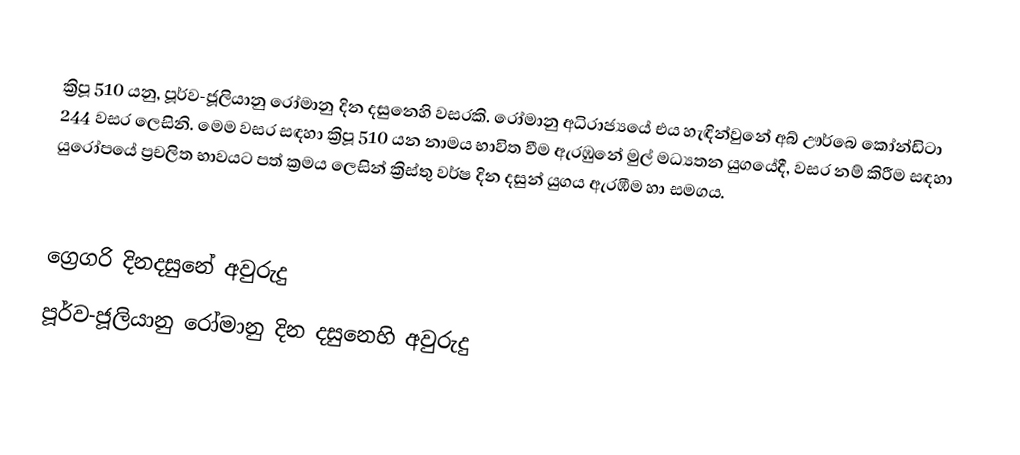

ක්‍රිපූ 510 යනු, පූර්ව-ජූලියානු රෝමානු දින දසුනෙහි වසරකි. රෝමානු අධිරාජ්‍යයේ එය හැඳින්වුනේ  අබ් ඌර්බෙ කෝන්ඩිටා 244 වසර ලෙසිනි. මෙම වසර සඳහා ක්‍රිපූ 510 යන නාමය භාවිත වීම ඇරඹුනේ මුල්  මධ්‍යතන යුගයේදී, වසර නම් කිරීම සඳහා යුරෝපයේ ප්‍රචලිත භාවයට පත් ක්‍රමය ලෙසින් ක්‍රිස්තු වර්ෂ දින දසුන් යුගය ඇරඹීම හා සමගය.

ග්‍රෙගරි දිනදසුනේ අවුරුදු
පූර්ව-ජූලියානු රෝමානු දින දසුනෙහි අවුරුදු